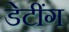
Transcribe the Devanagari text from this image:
डेटींग